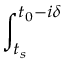
\int _ { t _ { s } } ^ { t _ { 0 } - i \delta }